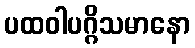
ပထဝါပဂ္ဂိသမာနော